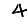
Digit: 4